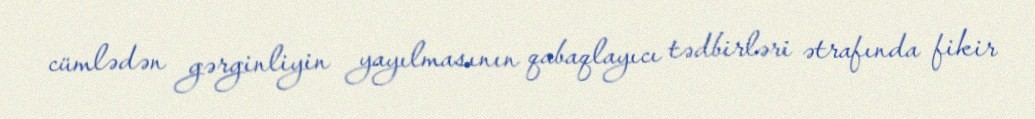
cümlədən gərginliyin yayılmasının qabaqlayıcı tədbirləri ətrafında fikir